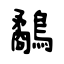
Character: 鷸